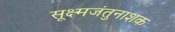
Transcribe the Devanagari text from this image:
सूक्ष्मजंतुनाशक